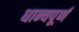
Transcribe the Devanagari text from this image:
धान्यपूर्ण